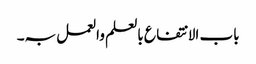
باب الا نتفاع بالعلم والعمل بہ۔